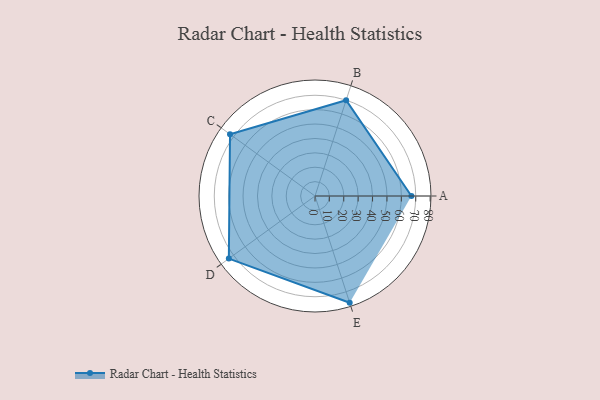
{"axis": {"x": "Skill", "y": "Score"}, "legend": ["Profile"], "data": [{"x": "A", "y": 67.0, "type": "Profile"}, {"x": "B", "y": 70.0, "type": "Profile"}, {"x": "C", "y": 73.0, "type": "Profile"}, {"x": "D", "y": 74.0, "type": "Profile"}, {"x": "E", "y": 78.0, "type": "Profile"}]}